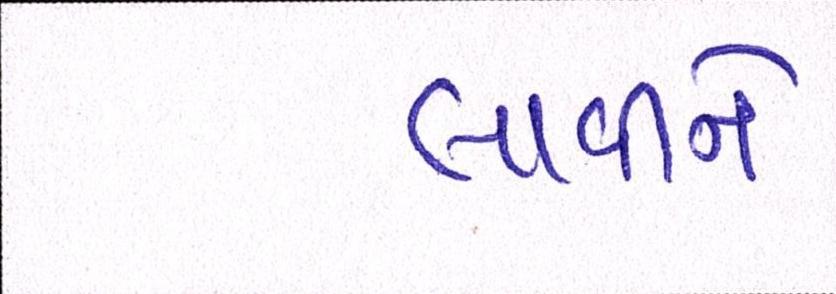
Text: લાવીને